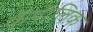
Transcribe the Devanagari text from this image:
कॅथॅालिक